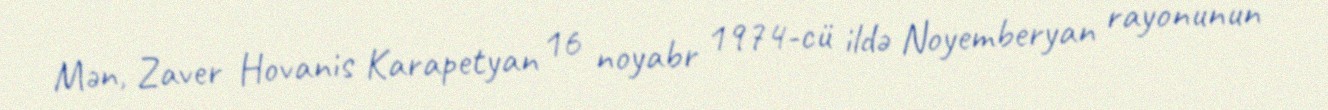
Mən, Zaver Hovanis Karapetyan 16 noyabr 1974-cü ildə Noyemberyan rayonunun